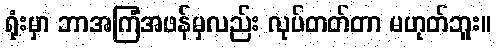
ရုံးမှာ ဘာအကြံအဖန်မှလည်း လုပ်တတ်တာ မဟုတ်ဘူး။